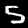
Label: 5